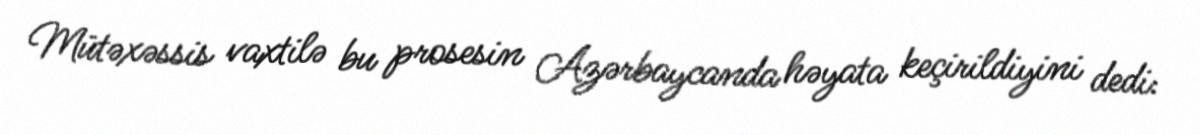
Mütəxəssis vaxtilə bu prosesin Azərbaycanda həyata keçirildiyini dedi: